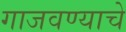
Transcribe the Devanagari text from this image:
गाजवण्याचे